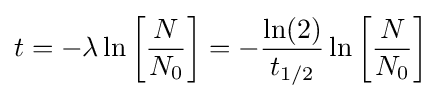
t=-\lambda \ln \left[{\frac {N}{N_{0}}}\right]=-{\frac {\ln(2)}{t_{1/2}}}\ln \left[{\frac {N}{N_{0}}}\right]